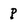
Character: p